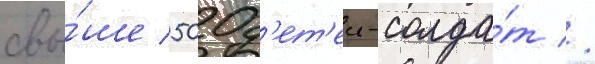
свы́ше 500 д'ет'еи-солда́т //